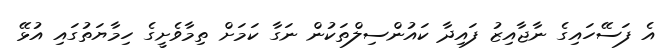
އެ ފަސޭހައިގެ ނާޖާއިޒު ފައިދާ ކައުންސިލްތަކުން ނަގާ ކަމަށް ތިމާވެށީގެ ހިމާޔަތުގައި އުޅޭ